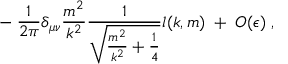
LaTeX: - \; \frac { 1 } { 2 \pi } \delta _ { \mu \nu } \frac { m ^ { 2 } } { k ^ { 2 } } \frac { 1 } { \sqrt { \frac { m ^ { 2 } } { k ^ { 2 } } + \frac { 1 } { 4 } } } l ( k , m ) \; + \; O ( \epsilon ) \; ,